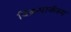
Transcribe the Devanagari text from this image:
विक्रमार्कस्य